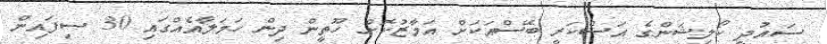
ސައުދީ ކޯލިޝަންގެ އަސްކަރީ ބޭސްއަކަށް އަމާޒުކޮށް ހޫތީން ދިން ހަމަލާއެއްގައި 30 ސިފައިން